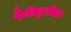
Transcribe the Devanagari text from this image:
पैनीकुलेटा